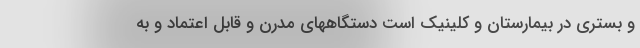
و بستری در بیمارستان و کلینیک است دستگاههای مدرن و قابل اعتماد و به